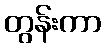
တွန်းကာ